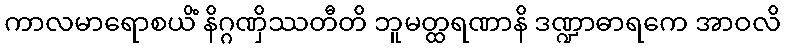
ကာလမာရောစယိံ နိဂ္ဂဏှိဿတီတိ ဘူမတ္ထရဏာနိ ဒဏ္ဍာဓာရကေ အာဝလိ